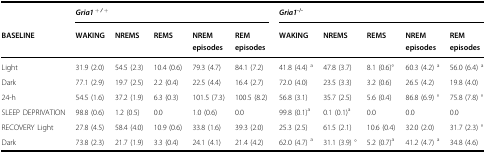
|  | <COLSPAN=5> Gria1 + / + | <COLSPAN=5> Gria1-/- |
 | BASELINE | WAKING | NREMS | REMS | NREM episodes | REM episodes | WAKING | NREMS | REMS | NREM episodes | REM episodes |
 | --- | --- | --- | --- | --- | --- | --- | --- | --- | --- | --- |
 | Light | 31.9 (2.0) | 54.5 (2.3) | 10.4 (0.6) | 79.3 (4.7) | 84.1 (7.2) | 41.8 (4.4) a | 47.8 (3.7) | 8.1 (0.6)° | 60.3 (4.2) a | 56.0 (6.4) a |
 | Dark | 77.1 (2.9) | 19.7 (2.5) | 2.2 (0.4) | 22.5 (4.4) | 16.4 (2.7) | 72.0 (4.0) | 23.5 (3.3) | 3.2 (0.6) | 26.5 (4.2) | 19.8 (4.0) |
 | 24-h | 54.5 (1.6) | 37.2 (1.9) | 6.3 (0.3) | 101.5 (7.3) | 100.5 (8.2) | 56.8 (3.1) | 35.7 (2.5) | 5.6 (0.4) | 86.8 (6.9) ° | 75.8 (7.8) ° |
 | SLEEP DEPRIVATION | 98.8 (0.6) | 1.2 (0.5) | 0.0 | 1.0 (0.6) | 0.0 | 99.8 (0.1)a | 0.1 (0.1)a | 0.0 | 0.0 | 0.0 |
 | RECOVERY Light | 27.8 (4.5) | 58.4 (4.0) | 10.9 (0.6) | 33.8 (1.6) | 39.3 (2.0) | 25.3 (2.5) | 61.5 (2.1) | 10.6 (0.4) | 32.0 (2.0) | 31.7 (2.3) ° |
 | Dark | 73.8 (2.3) | 21.7 (1.9) | 3.3 (0.4) | 24.1 (4.1) | 21.4 (4.2) | 62.0 (4.7) a | 31.1 (3.9) ° | 5.2 (0.7)a | 41.2 (4.7) a | 34.8 (4.6) |